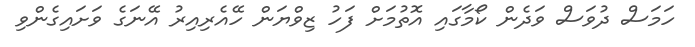
ހަމަސް ދުވަސް ވަދެން ކޯމާގައި އޮތުމަށް ފަހު ޒިވްޔަން ހޭއެރިއިރު އޭނަގެ ވަށައިގެންވި